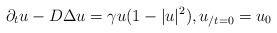
LaTeX: \begin{align*}\partial_t u - D \Delta u = \gamma u (1 - |u|^2), u_{/t=0}= u_{0}\end{align*}